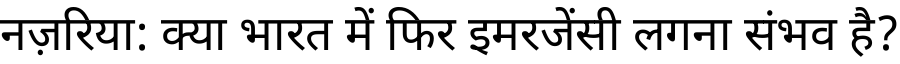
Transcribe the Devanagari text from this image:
नज़रिया: क्या भारत में फिर इमरजेंसी लगना संभव है?